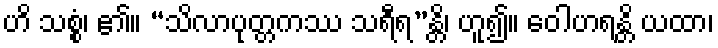
ဟိ သစ္စံ၊ ၏။ “သိလာပုတ္တကဿ သရီရ”န္တိ၊ ဟူ၍။ ဝေါဟရန္တိ ယထာ၊